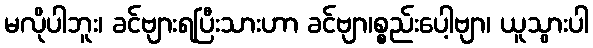
မလိုပါဘူး၊ ခင်ဗျားရပြီးသားဟာ ခင်ဗျာ၊စ္စည်းပေါ့ဗျာ၊ ယူသွားပါ